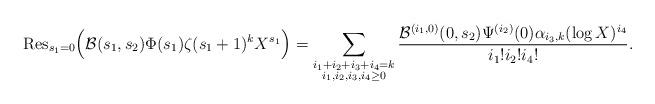
LaTeX: \begin{align*} \mathrm{Res}_{s_1=0} \Big( \mathcal{B}(s_1,s_2) \Phi(s_1) \zeta(s_1+1)^{k} X^{s_1} \Big) = \sum_{\substack{i_1+i_2+i_3+i_4=k \\ i_1,i_2,i_3,i_4 \ge 0}} \frac{ \mathcal{B}^{(i_1,0)}(0,s_2)\Psi^{(i_2)}(0) \alpha_{i_3, k} (\log X)^{i_4}}{i_1! i_2! i_4!}. \end{align*}